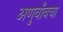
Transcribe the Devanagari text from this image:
अणुबाँबचा